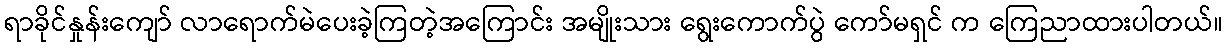
ရာခိုင်နှုန်းကျော် လာရောက်မဲပေးခဲ့ကြတဲ့အကြောင်း အမျိုးသား ရွေးကောက်ပွဲ ကော်မရှင် က ကြေညာထားပါတယ်။